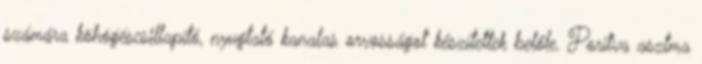
számára köhögéscsillapító, nyugtató kanalas orvosságot készítettek belőle. Porítva asztma